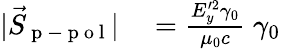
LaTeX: \begin{array}{rl}{|\vec{S}_{\mathrm{~p~-~p~o~l~}}|}&{{}=\frac{E_{y}^{\prime 2}\gamma_{0}}{\mu_{0}c}\; \gamma_{0}}\end{array}